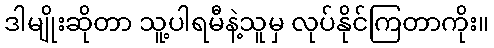
ဒါမျိုးဆိုတာ သူ့ပါရမီနဲ့သူမှ လုပ်နိုင်ကြတာကိုး။